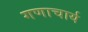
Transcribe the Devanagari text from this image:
गणाचार्य